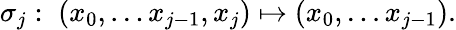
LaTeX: \sigma_{j}:\; (x_{0},\ldots x_{j-1},x_{j})\mapsto(x_{0},\ldots x_{j-1}).